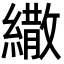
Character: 繖